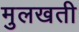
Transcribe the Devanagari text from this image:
मुलखती